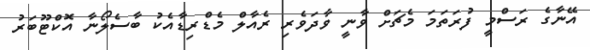
އޭނާގެ ރަސްމީ ފުރަތަމަ މެޗަށް ވާނީ ވާދަވެރި ރެއާލް މެޑްރިޑާއެކު ބާސެލޯނާ އޮކްޓޫބަރު